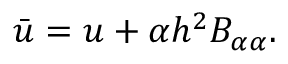
\bar { u } = u + \alpha h ^ { 2 } B _ { \alpha \alpha } .